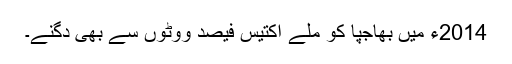
2014ء میں بھاجپا کو ملے اکتیس فیصد ووٹوں سے بھی دُگنے۔